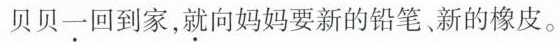
贝贝一回到家，就向妈妈要新的铅笔、新的橡皮。